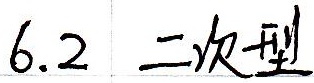
6.2 二次型